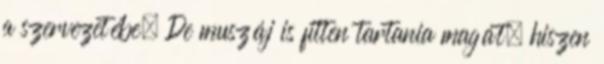
a szervezetébe. De muszáj is fitten tartania magát, hiszen